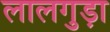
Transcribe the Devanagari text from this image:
लालगुड़ा